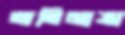
অতিমাত্রা